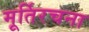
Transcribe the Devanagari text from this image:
मूर्तिरचना